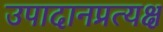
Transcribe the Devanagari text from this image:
उपादानप्रत्यक्ष